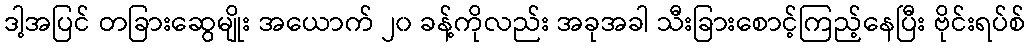
ဒါ့အပြင် တခြားဆွေမျိုး အယောက် ၂၀ ခန့်ကိုလည်း အခုအခါ သီးခြားစောင့်ကြည့်နေပြီး ဗိုင်းရပ်စ်